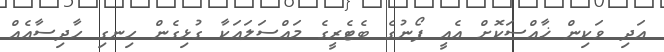
އަދި ވަކިން ޚާއްސަކޮށް އެއީ ފޯނުގެ ބެޓެރީގެ މައްސަލައަކާ ގުޅިގެން ހިނގި ހާދިސާއެއް